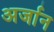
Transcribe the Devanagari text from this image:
अर्जान